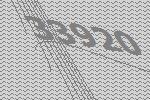
33920